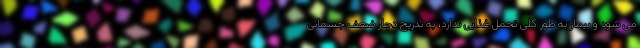
می شود و بیمار به طور کلی تحمل غذایی ندارد، به تدریج دچار ضعف جسمانی